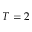
T = 2